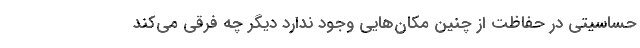
حساسیتی در حفاظت از چنین مکان‌هایی وجود ندارد دیگر چه فرقی می‌کند